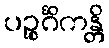
ပဉ္စင်္ဂိကန္တိ